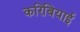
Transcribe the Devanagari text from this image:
करिबियाई